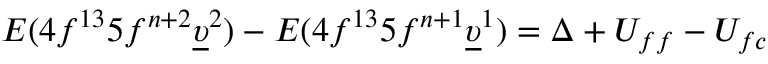
E ( 4 f ^ { 1 3 } 5 f ^ { n + 2 } \underline { { \upsilon } } ^ { 2 } ) - E ( 4 f ^ { 1 3 } 5 f ^ { n + 1 } \underline { { \upsilon } } ^ { 1 } ) = \Delta + U _ { f f } - U _ { f c }